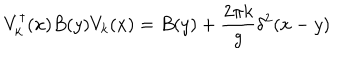
V _ { k } ^ { \dagger } ( x ) B ( y ) V _ { k } ( x ) = B ( y ) + \frac { 2 \pi k } { g } \delta ^ { 2 } ( x - y )